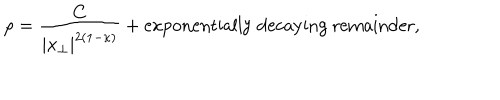
LaTeX: \rho = \frac { C } { | x _ { \perp } | ^ { 2 ( 1 - \kappa ) } } + \mathrm { e x p o n e n t i a l l y ~ d e c a y i n g ~ r e m a i n d e r } ,